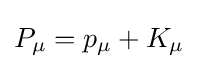
P_{\mu }=p_{\mu }+K_{\mu }